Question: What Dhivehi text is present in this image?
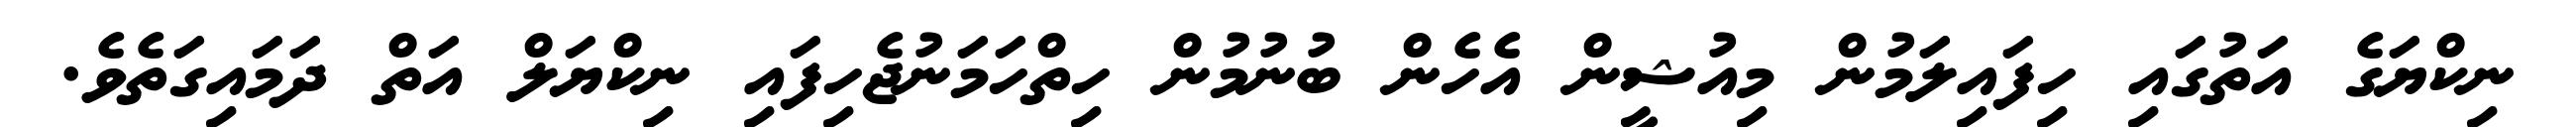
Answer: ނިކްޔަގެ އަތުގައި ހިފައިލަމުން މިއުޝީން އެހެން ބުނުމުން ހިތްހަމަނުޖެހިފައި ނިކްޔަލް އަތް ދަމައިގަތެވެ.